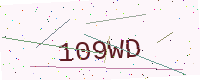
Text: 109WD